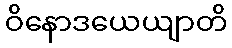
ဝိနောဒယေယျာတိ